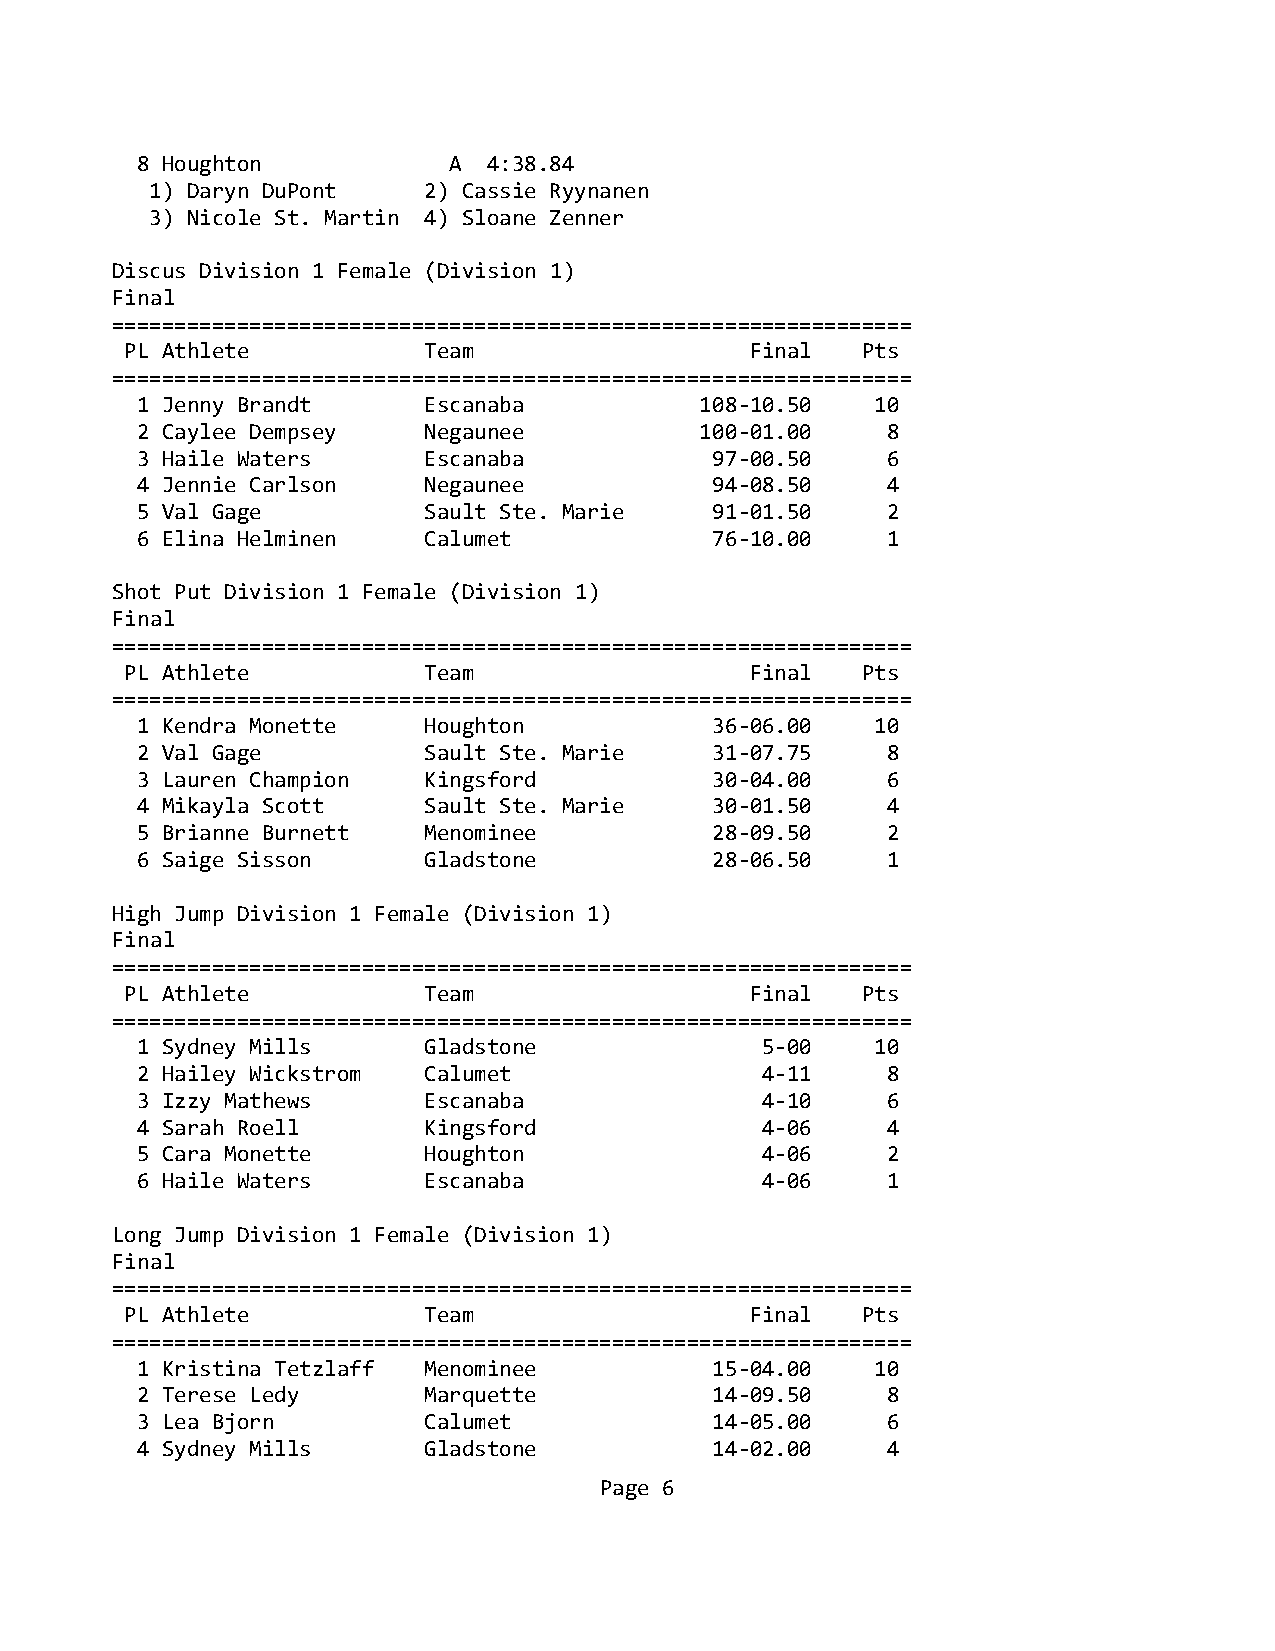
8 Houghton           A 4:38.84
 1) Daryn DuPont   2) Cassie Ryynanen
 3) Nicole St. Martin 4) Sloane Zenner
 Discus Division 1 Female (Division 1)
 Final
 ================================================================
 PL Athlete          Team                  Final  Pts
 ================================================================
 1 Jenny Brandt     Escanaba          108-10.50   10
 2 Caylee Dempsey   Negaunee          100-01.00    8
 3 Haile Waters     Escanaba           97-00.50    6
 4 Jennie Carlson   Negaunee           94-08.50    4
 5 Val Gage         Sault Ste. Marie   91-01.50    2
 6 Elina Helminen   Calumet            76-10.00    1
 Shot Put Division 1 Female (Division 1)
 Final
 ================================================================
 PL Athlete          Team                  Final  Pts
 ================================================================
 1 Kendra Monette   Houghton           36-06.00   10
 2 Val Gage         Sault Ste. Marie   31-07.75    8
 3 Lauren Champion  Kingsford          30-04.00    6
 4 Mikayla Scott    Sault Ste. Marie   30-01.50    4
 5 Brianne Burnett  Menominee          28-09.50    2
 6 Saige Sisson     Gladstone          28-06.50    1
 High Jump Division 1 Female (Division 1)
 Final
 ================================================================
 PL Athlete          Team                  Final  Pts
 ================================================================
 1 Sydney Mills     Gladstone             5-00    10
 2 Hailey Wickstrom Calumet               4-11     8
 3 Izzy Mathews     Escanaba              4-10     6
 4 Sarah Roell      Kingsford             4-06     4
 5 Cara Monette     Houghton              4-06     2
 6 Haile Waters     Escanaba              4-06     1
 Long Jump Division 1 Female (Division 1)
 Final
 ================================================================
 PL Athlete          Team                  Final  Pts
 ================================================================
 1 Kristina Tetzlaff Menominee         15-04.00   10
 2 Terese Ledy      Marquette          14-09.50    8
 3 Lea Bjorn        Calumet            14-05.00    6
 4 Sydney Mills     Gladstone          14-02.00    4
 Page 6